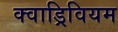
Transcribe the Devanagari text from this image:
क्वाड्रिवियम